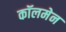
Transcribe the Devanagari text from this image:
कॉलमेन